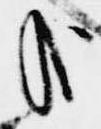
哉